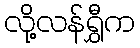
လို့လန်ရွှီက